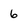
Character: 6